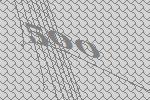
500